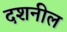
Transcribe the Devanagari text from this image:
दशनील